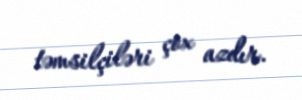
təmsilçiləri çox azdır.